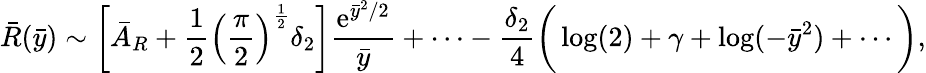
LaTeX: \bar{R}(\bar{y})\sim\bigg[\bar{A}_{{R}}+\frac{1}{2}\Big(\frac{\pi}{2}\Big)^{\frac{1}{2}}\delta_{2}\bigg]\frac{\mathrm{e}^{\bar{y}^{2}/2}}{\bar{y}}+\cdots-\frac{\delta_{2}}{4}\bigg(\log(2)+\gamma+\log(-\bar{y}^{2})+\cdots\bigg),